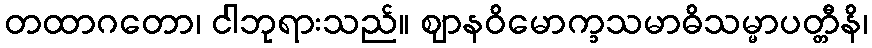
တထာဂတော၊ ငါဘုရားသည်။ ဈာနဝိမောက္ခသမာဓိသမ္မာပတ္တီနိ၊